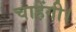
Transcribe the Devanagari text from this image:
चाहेंगी।